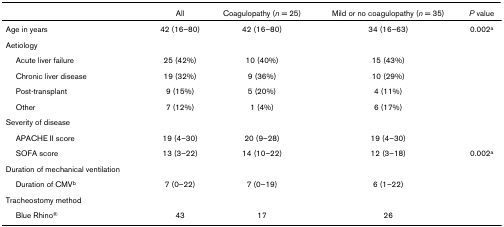
<table><thead><tr><td></td><td><b>All</b></td><td><b>Coagulopathy (<i>n </i>= 25)</b></td><td><b>Mild or no coagulopathy (<i>n </i>= 35)</b></td><td><b><i>P </i>value</b></td></tr></thead><tbody><tr><td>Age in years</td><td>42 (16–80)</td><td>42 (16–80)</td><td>34 (16–63)</td><td>0.002<sup>a</sup></td></tr><tr><td>Aetiology</td><td></td><td></td><td></td><td></td></tr><tr><td> Acute liver failure</td><td>25 (42%)</td><td>10 (40%)</td><td>15 (43%)</td><td></td></tr><tr><td> Chronic liver disease</td><td>19 (32%)</td><td>9 (36%)</td><td>10 (29%)</td><td></td></tr><tr><td> Post-transplant</td><td>9 (15%)</td><td>5 (20%)</td><td>4 (11%)</td><td></td></tr><tr><td> Other</td><td>7 (12%)</td><td>1 (4%)</td><td>6 (17%)</td><td></td></tr><tr><td>Severity of disease</td><td></td><td></td><td></td><td></td></tr><tr><td> APACHE II score</td><td>19 (4–30)</td><td>20 (9–28)</td><td>19 (4–30)</td><td></td></tr><tr><td> SOFA score</td><td>13 (3–22)</td><td>14 (10–22)</td><td>12 (3–18)</td><td>0.002<sup>a</sup></td></tr><tr><td>Duration of mechanical ventilation</td><td></td><td></td><td></td><td></td></tr><tr><td> Duration of CMV<sup>b</sup></td><td>7 (0–22)</td><td>7 (0–19)</td><td>6 (1–22)</td><td></td></tr><tr><td>Tracheostomy method</td><td></td><td></td><td></td><td></td></tr><tr><td> Blue Rhino<sup>®</sup></td><td>43</td><td>17</td><td>26</td><td></td></tr></tbody></table>